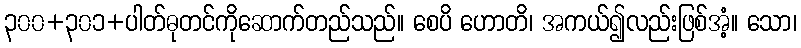
၃၀၀+၃၀၁+ပါတ်ဓုတင်ကိုဆောက်တည်သည်။ စေပိ ဟောတိ၊ အကယ်၍လည်းဖြစ်အံ့။ သော၊